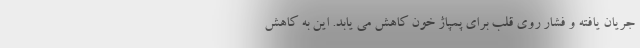
جریان یافته و فشار روی قلب برای پمپاژ خون کاهش می یابد. این به کاهش